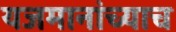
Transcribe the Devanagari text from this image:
यजमानांच्याच